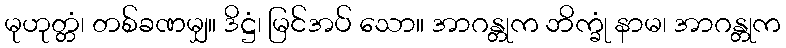
မုဟုတ္တံ၊ တစ်ခဏမျှ။ ဒိဋ္ဌံ၊ မြင်အပ် သော။ အာဂန္တုက ဘိက္ခုံ နာမ၊ အာဂန္တုက